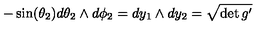
- \sin ( \theta _ { 2 } ) d \theta _ { 2 } \wedge d \phi _ { 2 } = d y _ { 1 } \wedge d y _ { 2 } = \sqrt { \det g ^ { \prime } }